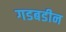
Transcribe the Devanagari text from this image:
गडबडीन